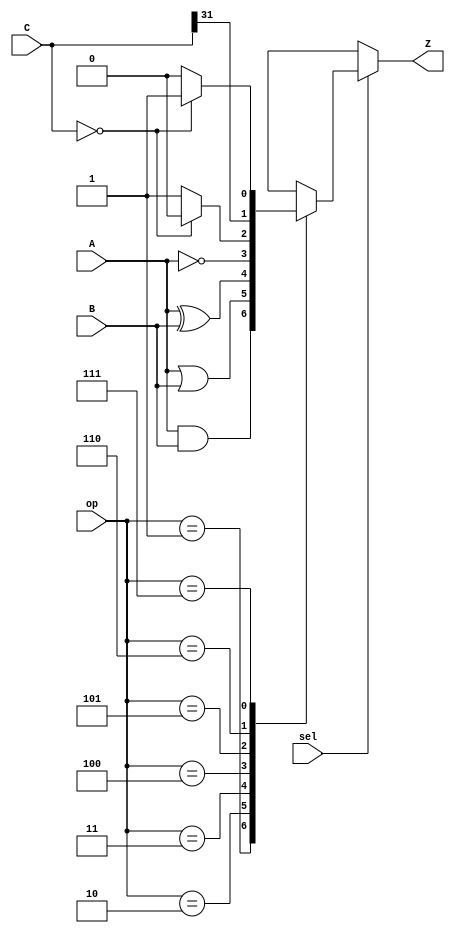
module alu_P(sel, op, A, B, C, Z);
  input sel;
  input [2:0] op;
  input A;
  input B;
  input [31:0] C;
  output reg Z;
  
  always @(*) begin
    if (sel == 1'b1) begin
      case (op)
        3'b001://and
          begin
            Z = A & B;      
          end
        3'b010://or
          begin
            Z = A | B;
          end
        3'b011://xor
          begin
            Z = A ^ B;
          end
        3'b100://not
          begin
            Z = ~A;
          end
        3'b101://rtop
          begin
            Z = (C == 32'b0) ? 1'b0 : 1'b1;
          end
        3'b110://isneg
          begin
            Z = C[31];
          end
        3'b111://iszero
          begin
            Z = (C == 32'b0) ? 1'b1 : 1'b0;
          end
        default:
          begin
            Z = 'bx;
          end
      endcase
    end else begin
      Z = 'bx;
    end
  end
endmodule

module alu_I(sel, op, A, B, Z);
  input sel;
  input [3:0] op;
  input [31:0] A;
  input [31:0] B;
  output reg [31:0] Z;
  
  always @(*) begin
    if (sel == 1'b1) begin
      case (op)
        4'b0001: //add
          begin
            Z = A + B;      
          end
        4'b0010: //sub
          begin
            Z = A - B;
          end
        4'b0011: //mul FIXME
          begin
            Z = 'bx;
          end
        4'b0100: //div FIXME
          begin
            Z = 'bx;
          end
        4'b0101: //mod FIXME
          begin
            Z = 'bx;
          end
        4'b0110: //shl
          begin
            Z = A << B;
          end
        4'b0111: //shr
          begin
            Z = A >> B;
          end
        4'b1000: //and
          begin
            Z = A & B;
          end
        4'b1001: //or
          begin
            Z = A | B;
          end        
        4'b1010: //xor
          begin
            Z = A ^ B;
          end
        4'b1011: //neg
          begin
            Z = ~A + 1;
          end
        4'b1100: //not
          begin
            Z = ~A;
          end
        4'b1101: //ldi
          begin
            Z = B;
          end
        4'b1110: //jump link FIXME
          begin
            Z = A;
          end
        default:
          begin
            Z = 'bx;
          end
      endcase
    end else begin
      Z = 'bx;
    end
  end
endmodule

module execution(EX, Px, Py, Rx, Ry, Fx, Fy, imm_s, pc_n, result_P, result_I, result_F, Wdata);
  input [6:0] EX;
  input Px;
  input Py;
  input [31:0] Rx;
  input [31:0] Ry;
  input [31:0] Fx;
  input [31:0] Fy;
  input [31:0] pc_n;
  input [31:0] imm_s;
  output result_P;
  output [31:0] result_I;
  output [31:0] result_F;
  output [31:0] Wdata;

  wire [31:0] ALU_src1;
  wire [31:0] ALU_src2;
  
  assign ALU_src1 = (EX[6] == 0) ? Ry : pc_n;
  assign ALU_src2 = (EX[5] == 0) ? Rx : imm_s;
  assign Wdata = Rx;
  
  alu_P P1(.sel(!EX[0] & (!EX[4])), .op(EX[3:1]), .A(Py), .B(Px), .C(Ry), .Z(result_P));
  alu_I I1(.sel(EX[0]), .op(EX[4:1]), .A(ALU_src1), .B(ALU_src2), .Z(result_I));
  
  //FIXME
  assign result_F = 'bx;
endmodule